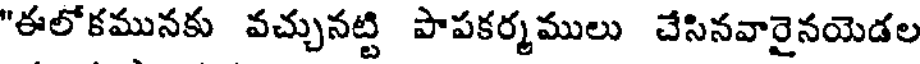
"ఈలోకమునకు వచ్చునట్టి పాపకర్మములు చేసినవారైనయెడల